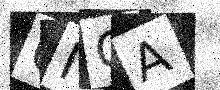
Text: QIGA